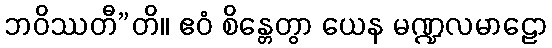
ဘဝိဿတီ”တိ။ ဧဝံ စိန္တေတွာ ယေန မဏ္ဍလမာဠော